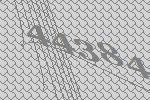
44384